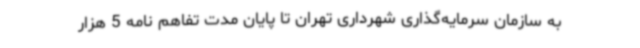
به سازمان سرمایه‌گذاری شهرداری تهران تا پایان مدت تفاهم نامه 5 هزار